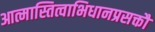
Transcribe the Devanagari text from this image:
आत्मास्तित्वाभिधानप्रसक्तौ